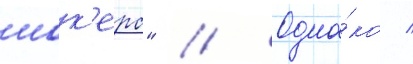
шок'ерс" // Одна́ко /